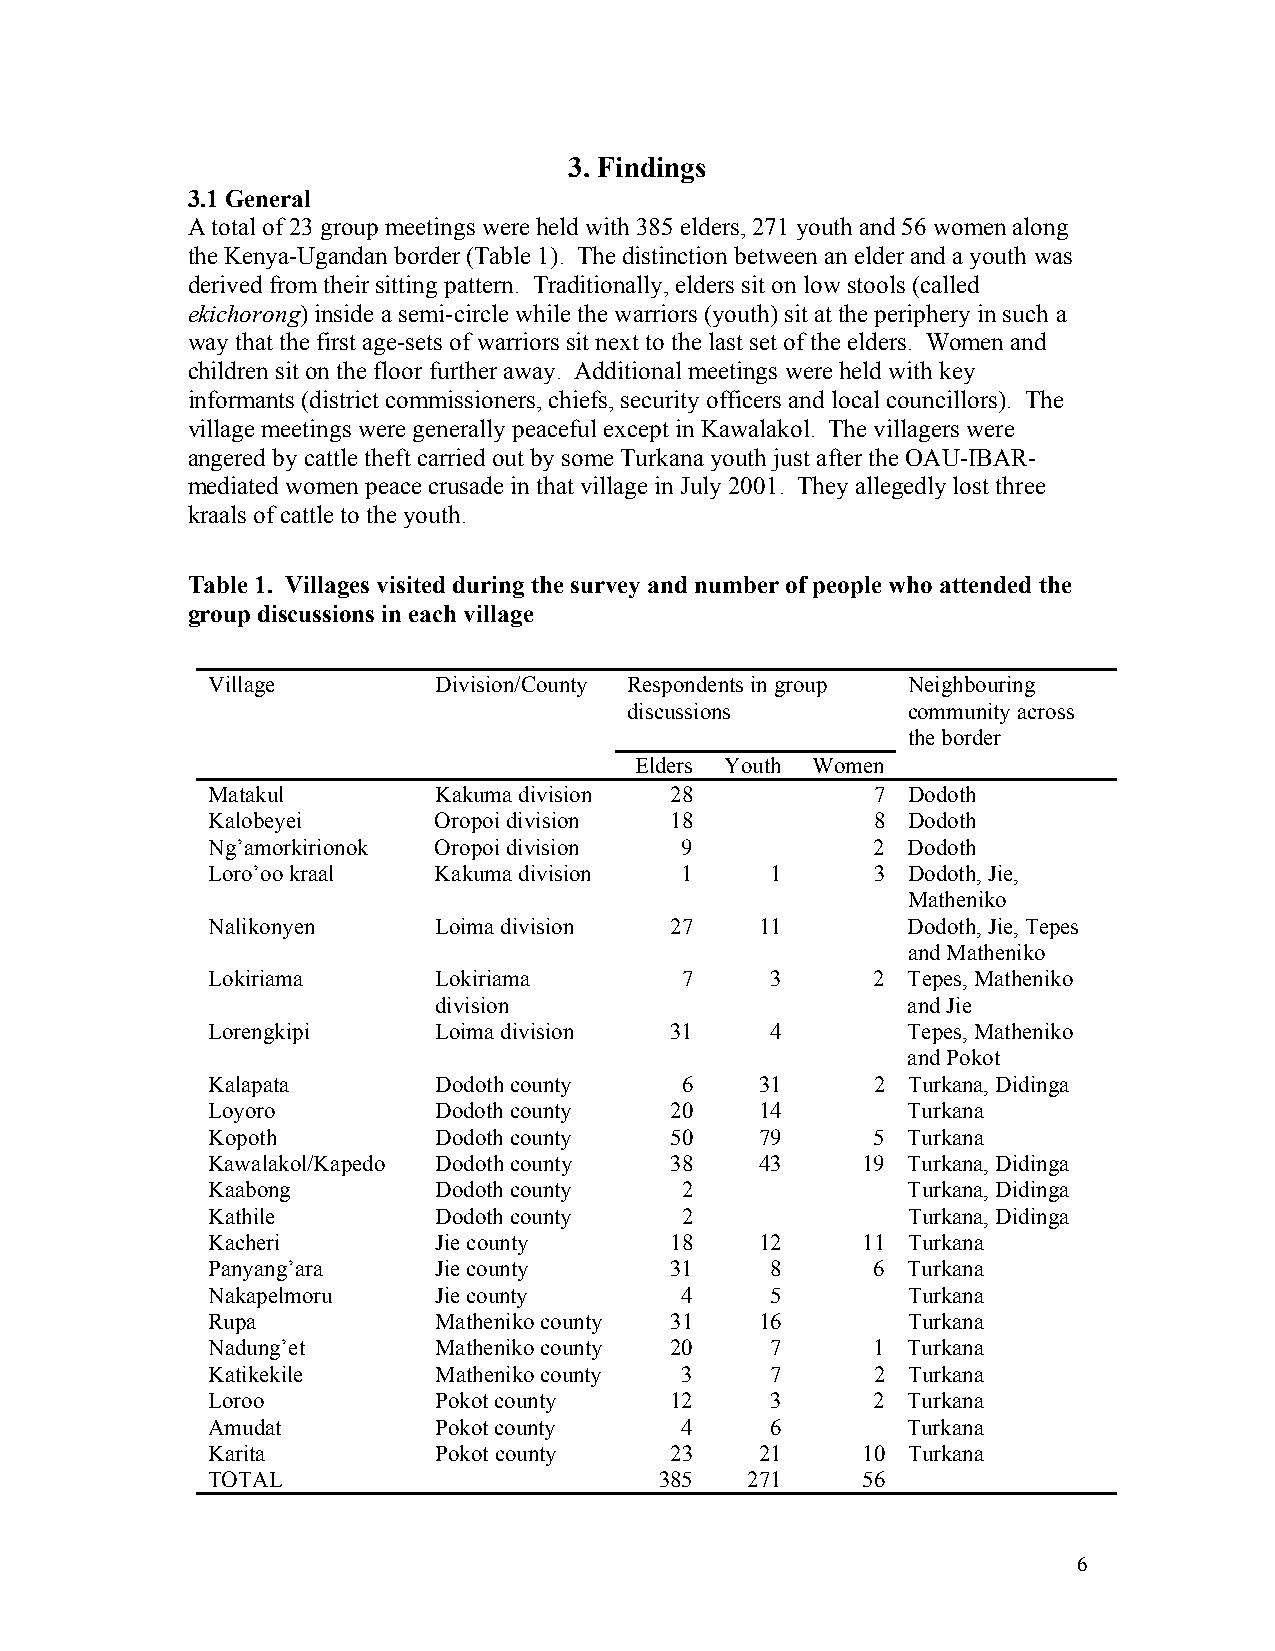
3. Findings
 3.1 General
 A total of 23 group meetings were held with 385 elders, 271 youth and 56 women along
 the Kenya-Ugandan border (Table 1). The distinction between an elder and a youth was
 derived from their sitting pattern. Traditionally, elders sit on low stools (called
 ekichorong) inside a semi-circle while the warriors (youth) sit at the periphery in such a
 way that the first age-sets of warriors sit next to the last set of the elders. Women and
 children sit on the floor further away. Additional meetings were held with key
 informants (district commissioners, chiefs, security officers and local councillors). The
 village meetings were generally peaceful except in Kawalakol. The villagers were
 angered by cattle theft carried out by some Turkana youth just after the OAU-IBAR-
 mediated women peace crusade in that village in July 2001. They allegedly lost three
 kraals of cattle to the youth.
 Table 1. Villages visited during the survey and number of people who attended the
 group discussions in each village
 Village        Division/County Respondents in group Neighbouring
 discussions       community across
 the border
 Elders Youth Women
 Matakul        Kakuma division 28           7 Dodoth
 Kalobeyei      Oropoi division 18           8 Dodoth
 Ng’amorkirionok Oropoi division 9           2 Dodoth
 Loro’oo kraal  Kakuma division 1     1      3 Dodoth, Jie,
 Matheniko
 Nalikonyen     Loima division 27    11        Dodoth, Jie, Tepes
 and Matheniko
 Lokiriama      Lokiriama       7     3      2 Tepes, Matheniko
 division                       and Jie
 Lorengkipi     Loima division 31     4        Tepes, Matheniko
 and Pokot
 Kalapata       Dodoth county   6    31      2 Turkana, Didinga
 Loyoro         Dodoth county  20    14        Turkana
 Kopoth         Dodoth county  50    79      5 Turkana
 Kawalakol/Kapedo Dodoth county 38   43     19 Turkana, Didinga
 Kaabong        Dodoth county   2              Turkana, Didinga
 Kathile        Dodoth county   2              Turkana, Didinga
 Kacheri        Jie county     18    12     11 Turkana
 Panyang’ara    Jie county     31     8      6 Turkana
 Nakapelmoru    Jie county      4     5        Turkana
 Rupa           Matheniko county 31  16        Turkana
 Nadung’et      Matheniko county 20   7      1 Turkana
 Katikekile     Matheniko county 3    7      2 Turkana
 Loroo          Pokot county   12     3      2 Turkana
 Amudat         Pokot county    4     6        Turkana
 Karita         Pokot county   23    21     10 Turkana
 TOTAL                         385  271     56
 6